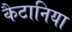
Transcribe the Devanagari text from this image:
कैटानिया